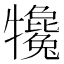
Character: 𤜇